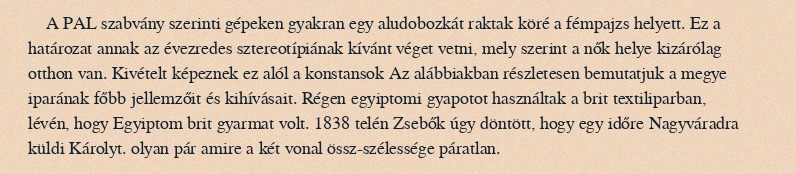
A PAL szabvány szerinti gépeken gyakran egy aludobozkát raktak köré a fémpajzs helyett. Ez a határozat annak az évezredes sztereotípiának kívánt véget vetni, mely szerint a nők helye kizárólag otthon van. Kivételt képeznek ez alól a konstansok Az alábbiakban részletesen bemutatjuk a megye iparának főbb jellemzőit és kihívásait. Régen egyiptomi gyapotot használtak a brit textiliparban, lévén, hogy Egyiptom brit gyarmat volt. 1838 telén Zsebők úgy döntött, hogy egy időre Nagyváradra küldi Károlyt. olyan pár amire a két vonal össz-szélessége páratlan.